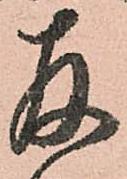
存